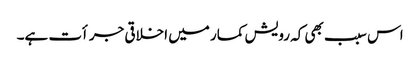
اس سبب بھی کہ رویش کمار میں اخلاقی جرأت ہے۔